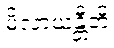
မိလာယန္တီတိ